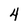
Character: 4